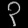
Digit: ၃